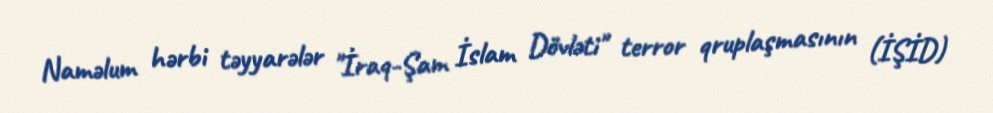
Naməlum hərbi təyyarələr "İraq-Şam İslam Dövləti" terror qruplaşmasının (İŞİD)